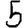
Digit: 5